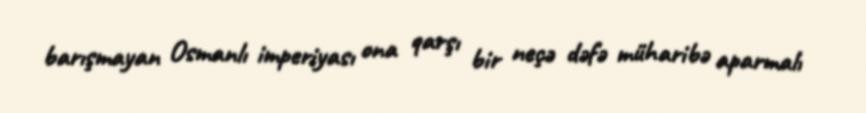
barışmayan Osmanlı imperiyası ona qarşı bir neçə dəfə müharibə aparmalı